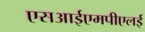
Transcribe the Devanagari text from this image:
एसआईएमपीएलई